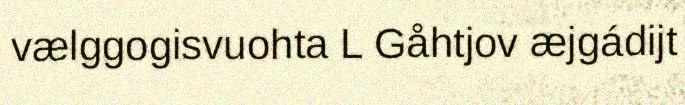
vælggogisvuohta L Gåhtjov æjgádijt